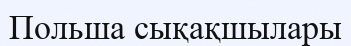
Польша сықақшылары